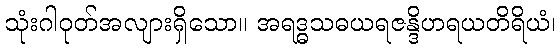
သုံးဂါဝုတ်အလျားရှိသော။ အရဒ္ဓသဓယရဇန္ဒိဟရယတိရိယံ၊